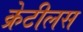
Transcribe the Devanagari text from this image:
क्रेटीलस